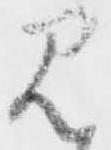
見